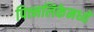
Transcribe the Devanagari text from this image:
पित्त्नलिकेमध्ये